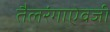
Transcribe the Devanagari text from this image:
तैलरंगाऐवजी